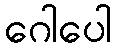
ဂေါပေါ